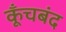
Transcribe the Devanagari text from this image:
कूँचबंद